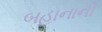
બહાનાની